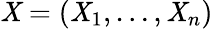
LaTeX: \mathit{X}=(\mathit{X}_{1},\dots,\mathit{X}_{n})